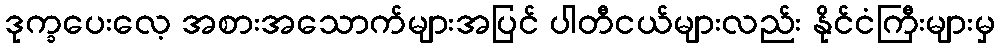
ဒုက္ခပေးလေ့ အစားအသောက်များအပြင် ပါတီငယ်များလည်း နိုင်ငံကြီးများမှ